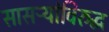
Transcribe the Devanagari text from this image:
सासऱ्यांविरुद्ध